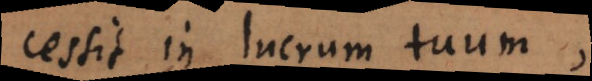
cessit in lucrum tuum,